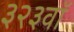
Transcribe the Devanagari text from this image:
३२३वॉ